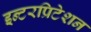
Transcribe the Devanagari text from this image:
इन्टरप्रिटेशन